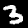
Digit: 3